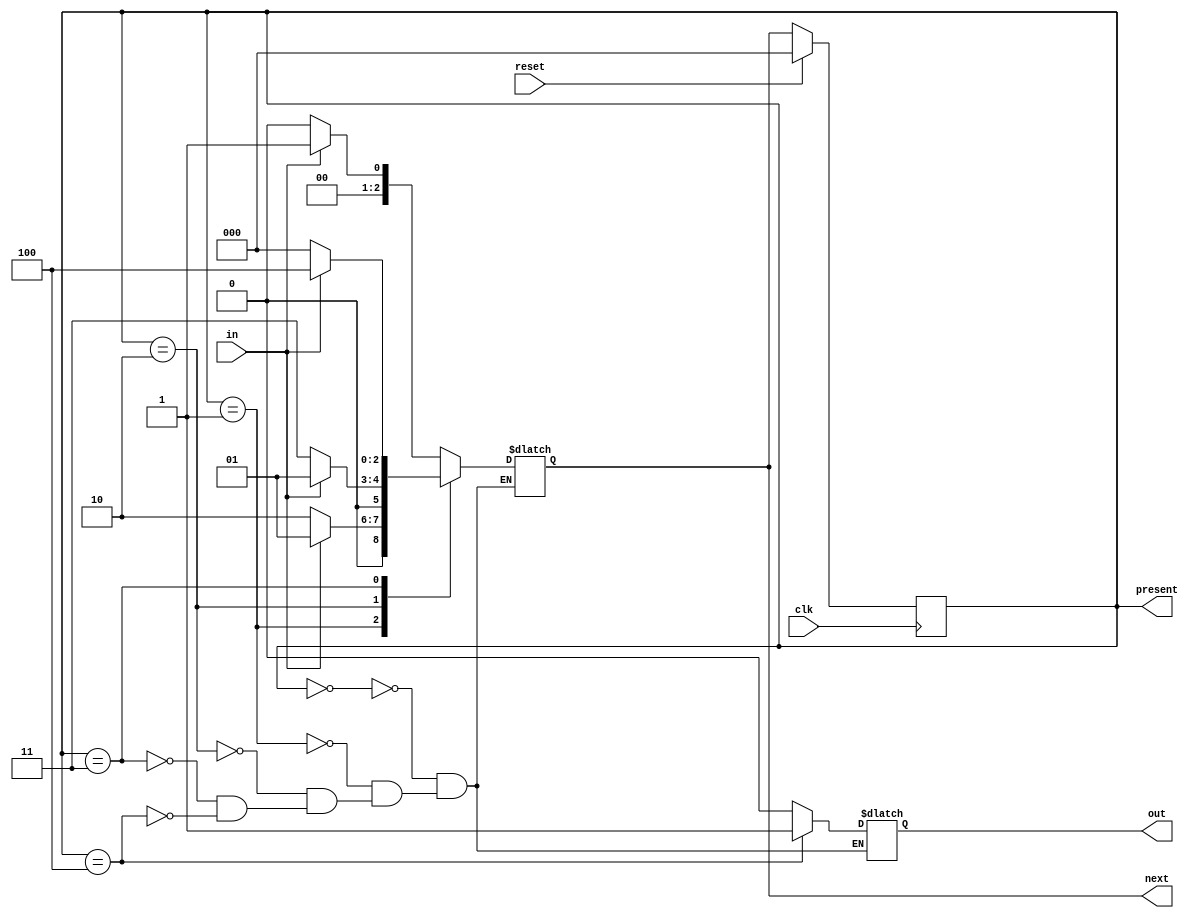
module moore_sequence_detector_1001(
  input clk,reset,in,
  output reg[2:0]present,next,
  output reg out );
  
  parameter [3:0] s0=3'b000,
  				  s1=3'b001,
  				  s2=3'b010,
  				  s3=3'b011,
  				  s4=3'b100;
  
  
  always @(posedge clk)
    begin
    if(reset)
      present<=s0;
  else
    present<=next;
    end
  
  
  always @(present,in)
    begin
      case(present)
      s0:
        begin
        out=0;
          if(in==1)
          next<=s1;
        else
          next<=s0;
        end
       s1:
         begin
          out=0;
           if(in==0)
          next<=s2;
        else
         next<=s1;
         end
        s2:
          begin
          out=0;
            if(in==0)
            next<=s3;
            else
             next<=s1;
          end
            s3:
              begin
                out=0;
                if(in==1)
                 next<=s4;
                else
                  next<=s0;
              end
        s4:
          begin
            out=1;
            if(in==1)
              next<=s1;
            else
              next<=s0;
          end
      endcase
        end
        endmodule